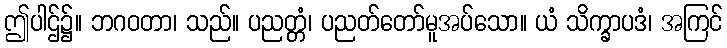
ဤပါဌ်၌။ ဘဂဝတာ၊ သည်။ ပညတ္တံ၊ ပညတ်တော်မူအပ်သော။ ယံ သိက္ခာပဒံ၊ အကြင်